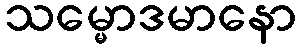
သမ္မောဒမာနော